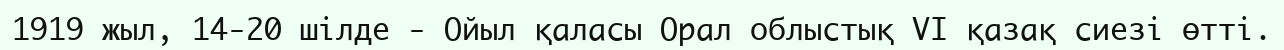
1919 жыл, 14-20 шілде - Ойыл қаласы Орал облыстық VI қазақ сиезі өтті.